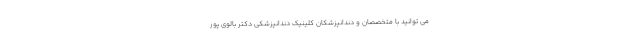
می توانید با متخصصان و دندانپزشکان کلینیک دندانپزشکی دکتر بالوی پور